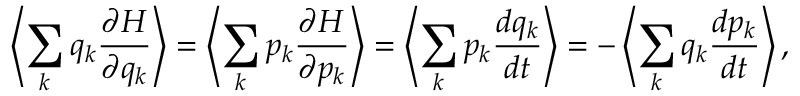
\left\langle \sum _ { k } q _ { k } { \frac { \partial H } { \partial q _ { k } } } \right\rangle = \left\langle \sum _ { k } p _ { k } { \frac { \partial H } { \partial p _ { k } } } \right\rangle = \left\langle \sum _ { k } p _ { k } { \frac { d q _ { k } } { d t } } \right\rangle = - \left\langle \sum _ { k } q _ { k } { \frac { d p _ { k } } { d t } } \right\rangle ,